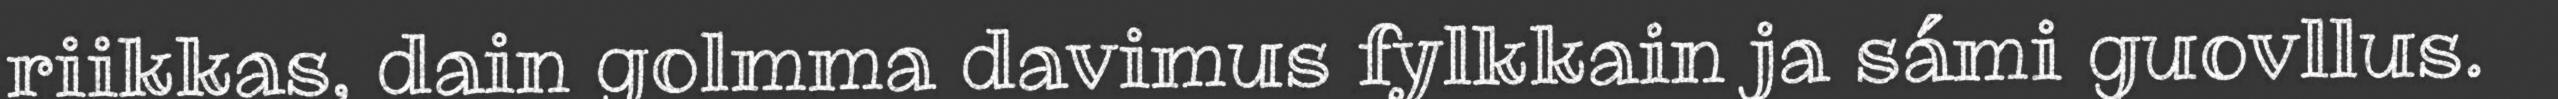
riikkas, dain golmma davimus fylkkain ja sámi guovllus.